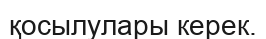
қосылулары керек.